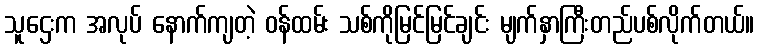
သူဌေးက အလုပ် နောက်ကျတဲ့ ဝန်ထမ်း သစ်ကိုမြင်မြင်ချင်း မျက်နှာကြီးတည်ပစ်လိုက်တယ်။